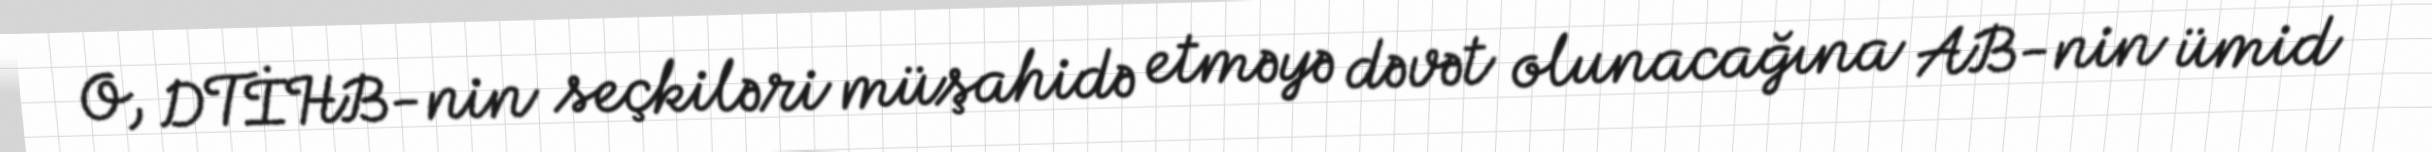
O, DTİHB-nin seçkiləri müşahidə etməyə dəvət olunacağına AB-nin ümid